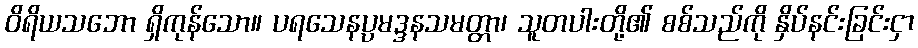
ဝိရိယသဘော ရှိကုန်သော။ ပရသေနပ္ပမဒ္ဒနသမတ္တာ၊ သူတပါးတို့၏ စစ်သည်ကို နှိပ်နင်းခြင်းငှာ